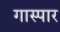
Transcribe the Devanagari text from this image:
गास्पार